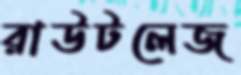
রাউটলেজ